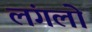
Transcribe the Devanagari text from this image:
लंगलो